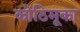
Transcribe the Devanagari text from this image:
कोठिमूका